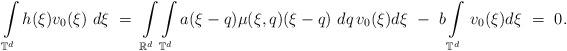
LaTeX: \begin{align*}\int\limits_{\mathbb T^d} h(\xi) v_0(\xi) \ d \xi \ = \ \int\limits_{\mathbb R^d} \int\limits_{\mathbb T^d} a (\xi-q) \mu (\xi, q ) (\xi - q ) \ dq \, v_0 (\xi) d \xi \ - \ b \int\limits_{\mathbb T^d} \, v_0 (\xi) d \xi \ = \ 0.\end{align*}